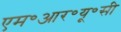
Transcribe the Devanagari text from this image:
एम॰आर॰यू॰सी